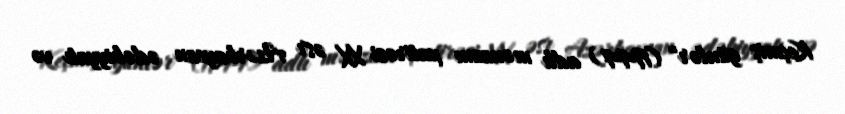
Keçmiş günlər" (1944) adlı mənzum xatirəsi XX əsr Azərbaycan ədəbiyyatı və